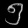
Digit: ၅